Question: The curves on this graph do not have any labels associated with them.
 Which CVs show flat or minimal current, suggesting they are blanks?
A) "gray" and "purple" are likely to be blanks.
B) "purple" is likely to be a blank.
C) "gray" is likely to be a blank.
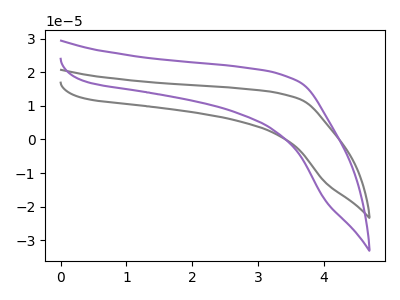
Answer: <think>The gray curve "gray" has no peaks. The purple curve "purple" has no peaks.</think>
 <answer>A) "gray" and "purple" are likely to be blanks.</answer>
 <eval>A</eval>